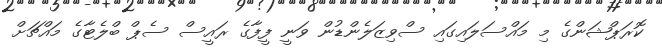
ކޮރަޕްޝަންގެ މި މައްސަލައިގައި ސްވިޒަލެންޑުން ވަނީ ފީފާގެ ރައީސް ސެޕް ބްލެޓާގެ މައްޗަށް